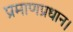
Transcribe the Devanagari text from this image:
प्रमाणप्रधान।